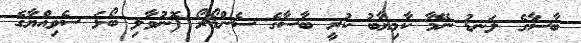
ބާސާގެ ލަނޑު ނޭމާ ކާމިޔާބު ކުރީ ބާސާގެ ސެންޑޯރޯ ފޮނުވާލި ބޯޅަ ސެވިއްޔާގެ